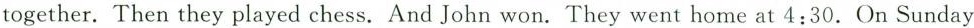
together. Then they played chess. And John won. They went home at 4:30. On Sunday